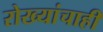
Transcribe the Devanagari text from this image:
रोख्यांचाही